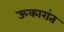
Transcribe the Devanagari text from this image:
ऊकारांत